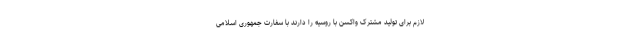
لازم برای تولید مشترک واکسن با روسیه را دارند با سفارت جمهوری اسلامی